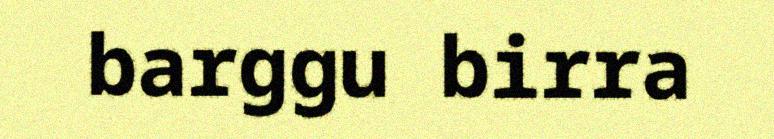
barggu birra